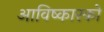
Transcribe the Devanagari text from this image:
आविष्कारको